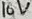
Text: 16V